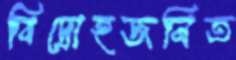
বিদ্রোহজনিত